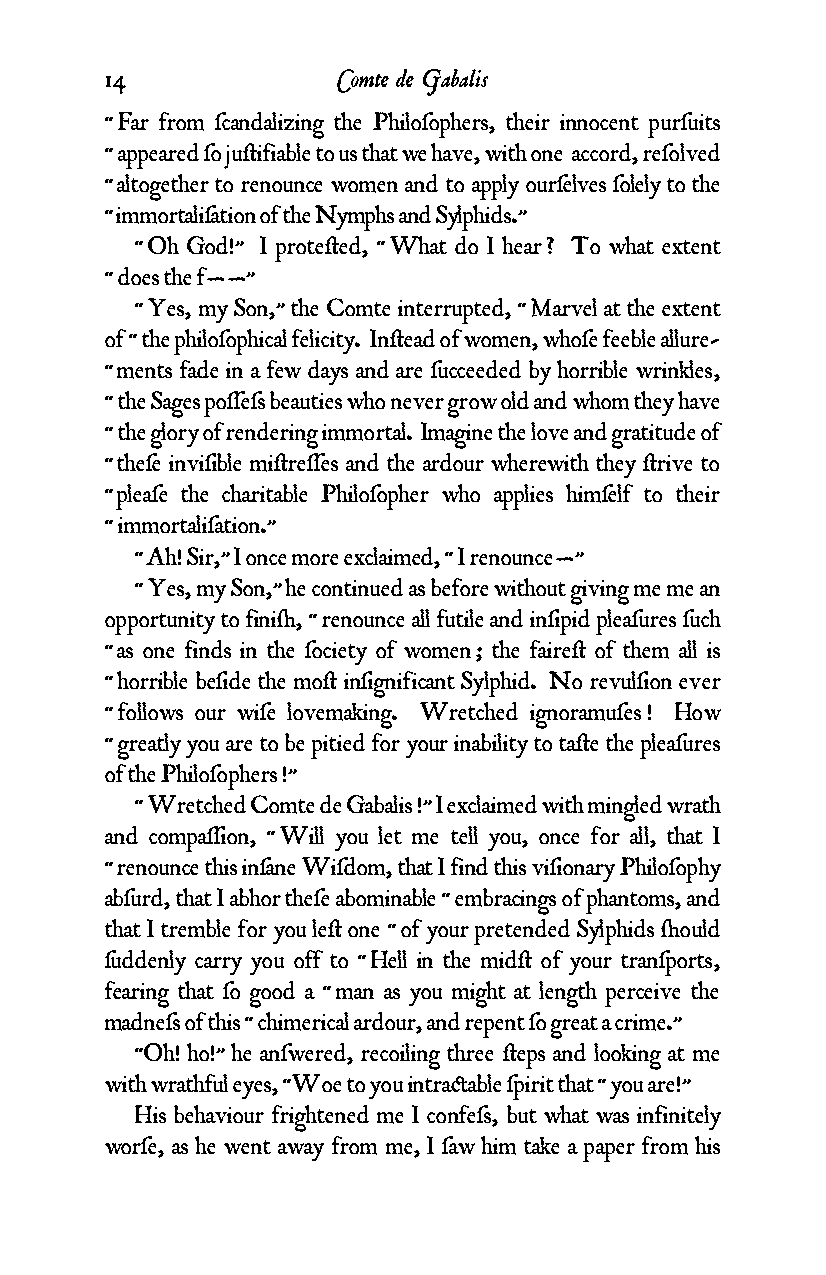
14             Comte de Gabalis
 “ Far from ƒcandalizing the Philoƒophers, their innocent purƒuits
 “ appeared ƒo ju¥ifiable to us that we have, with one accord, reƒolved
 “ altogether to renounce women and to apply ourƒelves ƒolely to the
 “ immortaliƒation of the Nymphs and Sylphids.”
 “ Oh God!” I prote¥ed, “ What do I hear ? To what extent
 “ does the f——”
 “ Yes, my Son,” the Comte interrupted, “ Marvel at the extent
 of “ the philoƒophical felicity. In¥ead of women, whoƒe feeble allure-
 “ ments fade in a few days and are ƒucceeded by horrible wrinkles,
 “ the Sages poƒƒeƒs beauties who never grow old and whom they have
 “ the glory of rendering immortal. Imagine the love and gratitude of
 “ theƒe inviƒible mi¥reƒƒes and the ardour wherewith they ¥rive to
 “ pleaƒe the charitable Philoƒopher who applies himƒelf to their
 “ immortaliƒation.”
 “ Ah! Sir,” I once more exclaimed, “ I renounce—”
 “ Yes, my Son,” he continued as before without giving me me an
 opportunity to fini¬, “ renounce all futile and inƒipid pleaƒures ƒuch
 “ as one finds in the ƒociety of women ; the faire¥ of them all is
 “ horrible beƒide the mo¥ inƒignificant Sylphid. No revulƒion ever
 “ follows our wiƒe lovemaking. Wretched ignoramuƒes ! How
 “ greatly you are to be pitied for your inability to ta¥e the pleaƒures
 of the Philoƒophers !”
 “ Wretched Comte de Gabalis !” I exclaimed with mingled wrath
 and compaƒƒion, “ Will you let me tell you, once for all, that I
 “ renounce this inƒane Wiƒdom, that I find this viƒionary Philoƒophy
 abƒurd, that I abhor theƒe abominable “ embracings of phantoms, and
 that I tremble for you le¥ one “ of your pretended Sylphids ¬ould
 ƒuddenly carry you off to “ Hell in the mid¥ of your tranƒports,
 fearing that ƒo good a “ man as you might at length perceive the
 madneƒs of this “ chimerical ardour, and repent ƒo great a crime.”
 “Oh! ho!” he anƒwered, recoiling three ¥eps and looking at me
 with wrathful eyes, “Woe to you intra¢able ƒpirit that “ you are!”
 His behaviour frightened me I confeƒs, but what was infinitely
 worƒe, as he went away from me, I ƒaw him take a paper from his